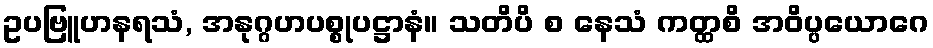
ဥပဗြူဟနရသံ, အနုဂ္ဂဟပစ္စုပဋ္ဌာနံ။ သတိပိ စ နေသံ ကတ္ထစိ အဝိပ္ပယောဂေ